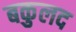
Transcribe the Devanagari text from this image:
बकुलद